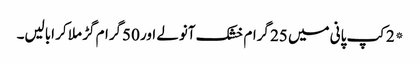
*2کپ پانی میں 25 گرام خشک آنولے اور 50گرام گڑ ملا کر ابالیں۔